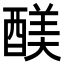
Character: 𮠻